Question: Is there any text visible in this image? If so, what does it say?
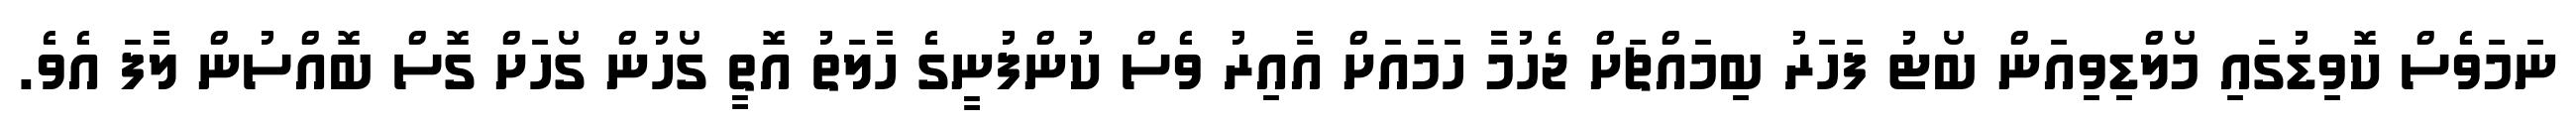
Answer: ނަމަވެސް ކޮވިޑުގައި މޯލްޑިވިއަން ބޯޓު ފަހަރު ބިމައްޗަށް ޖެހުމާ ހަމައަށް އާއިރު ވެސް ކުންފުނީގެ ހާލަތު އޮތީ ގޯހުން ގޯހަށް ގޮސް ބޮއްސުން ލާފަ އެވެ.